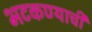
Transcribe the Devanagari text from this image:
भटकण्याची